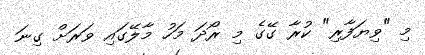
މި "ވިޔަފާރި" ކުރާ ގޭގެ މި ރޯދަ މަހު މާލޭގައި ވަރަށް ގިނަ